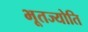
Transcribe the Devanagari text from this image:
भूतज्योति